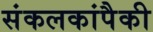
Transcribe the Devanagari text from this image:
संकलकांपैकी